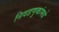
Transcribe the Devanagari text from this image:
निवडणुकांमधे